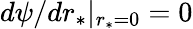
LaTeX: d\psi/dr_{*}|_{r_{*}=0}=0